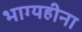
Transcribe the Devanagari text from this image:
भाग्यहीना